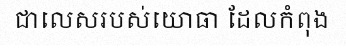
ជាលេសរបស់យោធា ដែលកំពុង